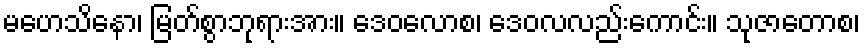
မဟေသိနော၊ မြတ်စွာဘုရားအား။ ဒေဝလောစ၊ ဒေဝလလည်းကောင်း။ သုဇာတောစ၊